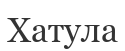
Хатула